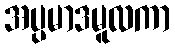
အပ္ပမာဒမူလကာ